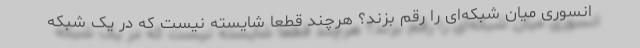
انسوری میان شبکه‌ای را رقم بزند؟ هرچند قطعا شایسته نیست که در یک شبکه